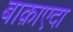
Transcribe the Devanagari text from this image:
बाक़ाएदा